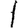
Digit: 1